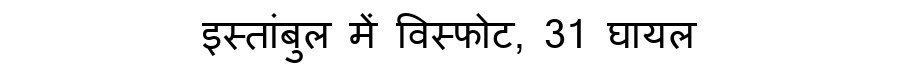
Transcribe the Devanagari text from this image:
इस्तांबुल में विस्फोट, 31 घायल